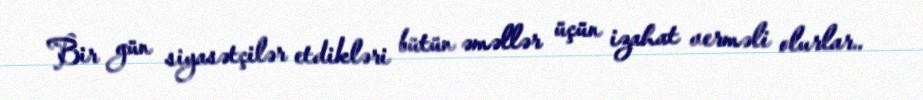
Bir gün siyasətçilər etdikləri bütün əməllər üçün izahat verməli olurlar..